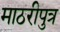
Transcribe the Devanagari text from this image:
माठरीपुत्र